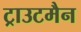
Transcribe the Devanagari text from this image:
ट्राउटमैन